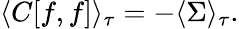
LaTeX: \langle C[f,f]\rangle_{\tau}=-\langle\Sigma\rangle_{\tau}.